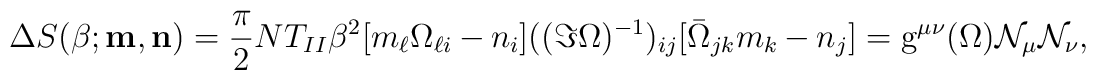
\Delta S(\beta;{\bf m},{\bf n})=\frac{\pi}{2} NT_{II}\beta^2 [m_\ell\Omega_{\ell i}-n_i]((\Im \Omega)^{-1})_{ij}[\bar{\Omega}_{jk}m_k-n_j]={\rm g}^{\mu\nu}(\Omega){\cal N}_{\mu}{\cal N}_{\nu},